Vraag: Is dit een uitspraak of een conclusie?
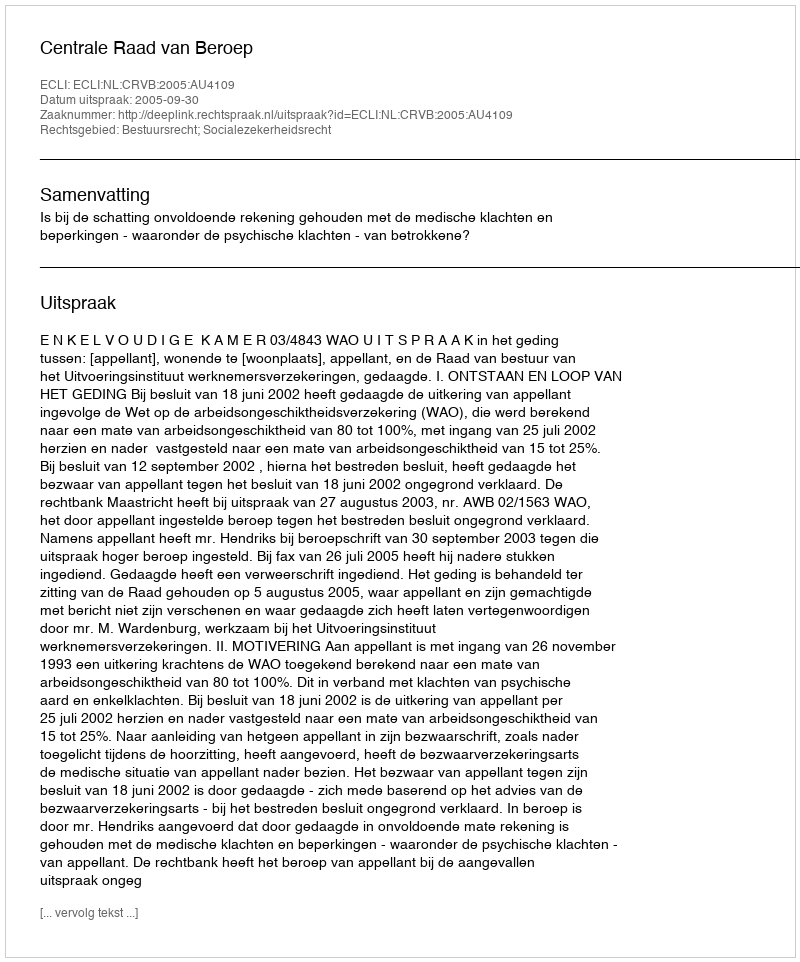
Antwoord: Uitspraak